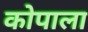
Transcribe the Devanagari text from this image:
कोपाला